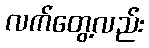
လက်တွေ့လည်း